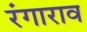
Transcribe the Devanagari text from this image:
रंगाराव